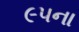
૯૫ના